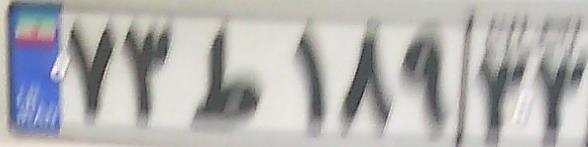
۷۳ط۱۸۹۳۳